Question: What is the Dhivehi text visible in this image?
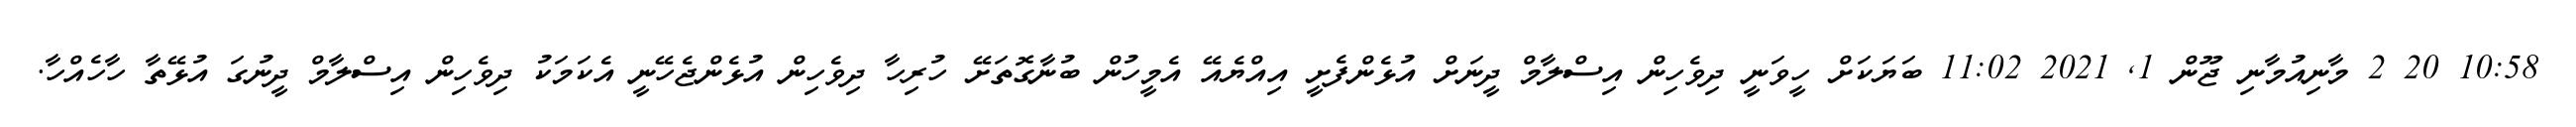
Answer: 10:58 20 2 މާނިއުމާނި ޖޫން 1, 2021 11:02 ބަޔަކަށް ހީވަނީ ދިވެހިން އިސްލާމް ދީނަށް އުޅެންފެށީ އިއްޔެއޭ އެމީހުން ބުނާގޮތަށޭ ހުރިހާ ދިވެހިން އުޅެންޖެހޭނީ އެކަމަކު ދިވެހިން އިސްލާމް ދީނުގަ އުޅޭތާ ހާހެއްހާ.